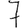
Digit: 7